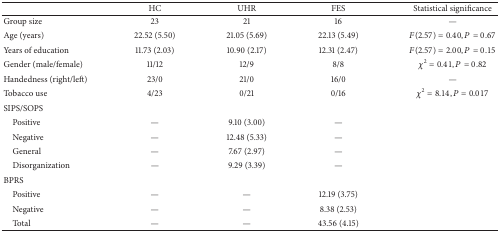
<table><thead><tr><td><b> </b></td><td><b>HC</b></td><td><b>UHR</b></td><td><b>FES</b></td><td><b>Statistical significance</b></td></tr></thead><tbody><tr><td>Group size</td><td>23</td><td>21</td><td>16</td><td>—</td></tr><tr><td>Age (years)</td><td>22.52 (5.50)</td><td>21.05 (5.69)</td><td>22.13 (5.49)</td><td><i>F</i>(2.57) = 0.40, <i>P</i> = 0.67</td></tr><tr><td>Years of education</td><td>11.73 (2.03)</td><td>10.90 (2.17)</td><td>12.31 (2.47)</td><td><i>F</i>(2.57) = 2.00, <i>P</i> = 0.15</td></tr><tr><td>Gender (male/female)</td><td>11/12</td><td>12/9</td><td>8/8</td><td><i>χ</i><sup>2</sup> = 0.41, <i>P</i> = 0.82</td></tr><tr><td>Handedness (right/left)</td><td>23/0</td><td>21/0</td><td>16/0</td><td>—</td></tr><tr><td>Tobacco use</td><td>4/23</td><td>0/21</td><td>0/16</td><td><i>χ</i><sup>2</sup> = 8.14, <i>P</i> = 0.017</td></tr><tr><td>SIPS/SOPS</td><td> </td><td> </td><td> </td><td> </td></tr><tr><td>Positive</td><td>—</td><td>9.10 (3.00)</td><td>—</td><td> </td></tr><tr><td>Negative</td><td>—</td><td>12.48 (5.33)</td><td>—</td><td> </td></tr><tr><td>General</td><td>—</td><td>7.67 (2.97)</td><td>—</td><td> </td></tr><tr><td>Disorganization</td><td>—</td><td>9.29 (3.39)</td><td>—</td><td> </td></tr><tr><td>BPRS</td><td> </td><td> </td><td> </td><td> </td></tr><tr><td>Positive</td><td>—</td><td>—</td><td>12.19 (3.75)</td><td> </td></tr><tr><td>Negative</td><td>—</td><td>—</td><td>8.38 (2.53)</td><td> </td></tr><tr><td>Total</td><td>—</td><td>—</td><td>43.56 (4.15)</td><td> </td></tr></tbody></table>